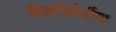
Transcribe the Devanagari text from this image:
मिज़रीकोर्डीया